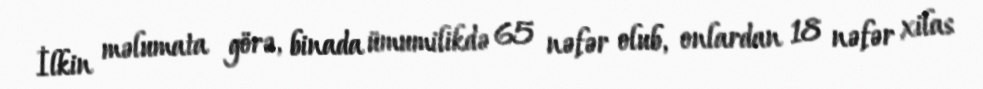
İlkin məlumata görə, binada ümumilikdə 65 nəfər olub, onlardan 18 nəfər xilas